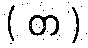
( တ )